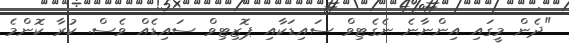
"ދެން މީގައި އިންނާނެ ނެގެޓިވް ސައިޑަކާއި ޕޮޒިޓިވް ސައިޑެއް ވެސް. ކުރާ ކޮންމެ